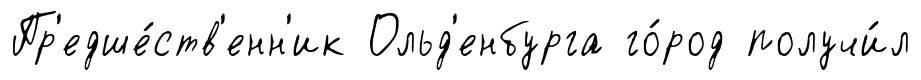
Пр'едше́ств'енн'ик Ольд'енбурга го́род получи́л